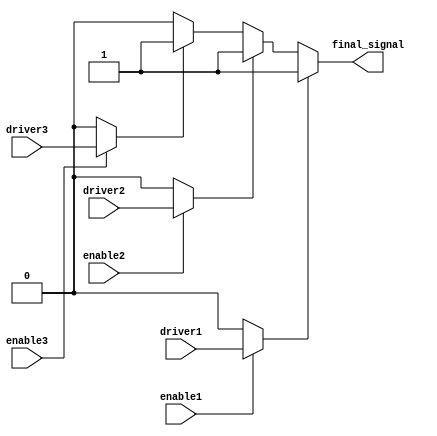
module multiple_drivers_example (
    input wire driver1,
    input wire driver2,
    input wire driver3,
    input wire enable1,
    input wire enable2,
    input wire enable3,
    output wire final_signal
);

// Declare the final signal as a wire
wire signal_from_driver1;
wire signal_from_driver2;
wire signal_from_driver3;

// Continuous assignment for each driver with their enable conditions
assign signal_from_driver1 = (enable1) ? driver1 : 1'b0;
assign signal_from_driver2 = (enable2) ? driver2 : 1'b0;
assign signal_from_driver3 = (enable3) ? driver3 : 1'b0;

// Resolution logic using priority encoding (Driver 1 > Driver 2 > Driver 3)
assign final_signal = (signal_from_driver1) ? signal_from_driver1 :
                      (signal_from_driver2) ? signal_from_driver2 :
                      (signal_from_driver3) ? signal_from_driver3 : 1'b0;

endmodule